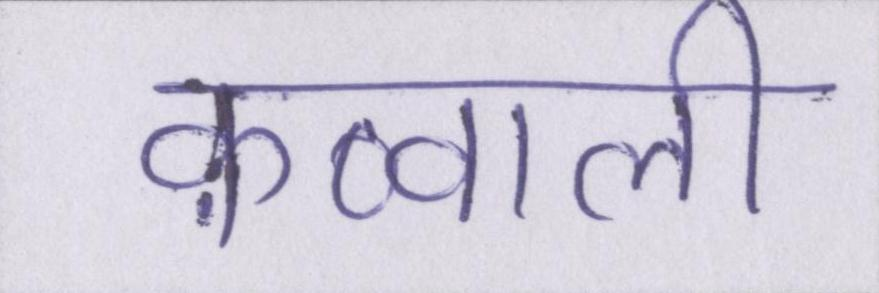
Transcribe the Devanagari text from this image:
क़व्वाली